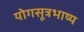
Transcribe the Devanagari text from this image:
योगसूत्रभाष्य